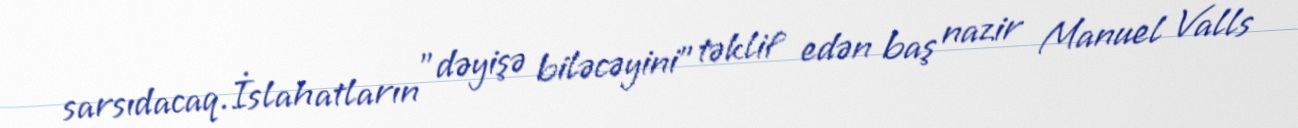
sarsıdacaq.İslahatların "dəyişə biləcəyini" təklif edən baş nazir Manuel Valls